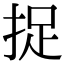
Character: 捉